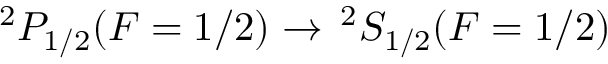
^ 2 P _ { 1 / 2 } ( F = 1 / 2 ) \to \, ^ { 2 } S _ { 1 / 2 } ( F = 1 / 2 )